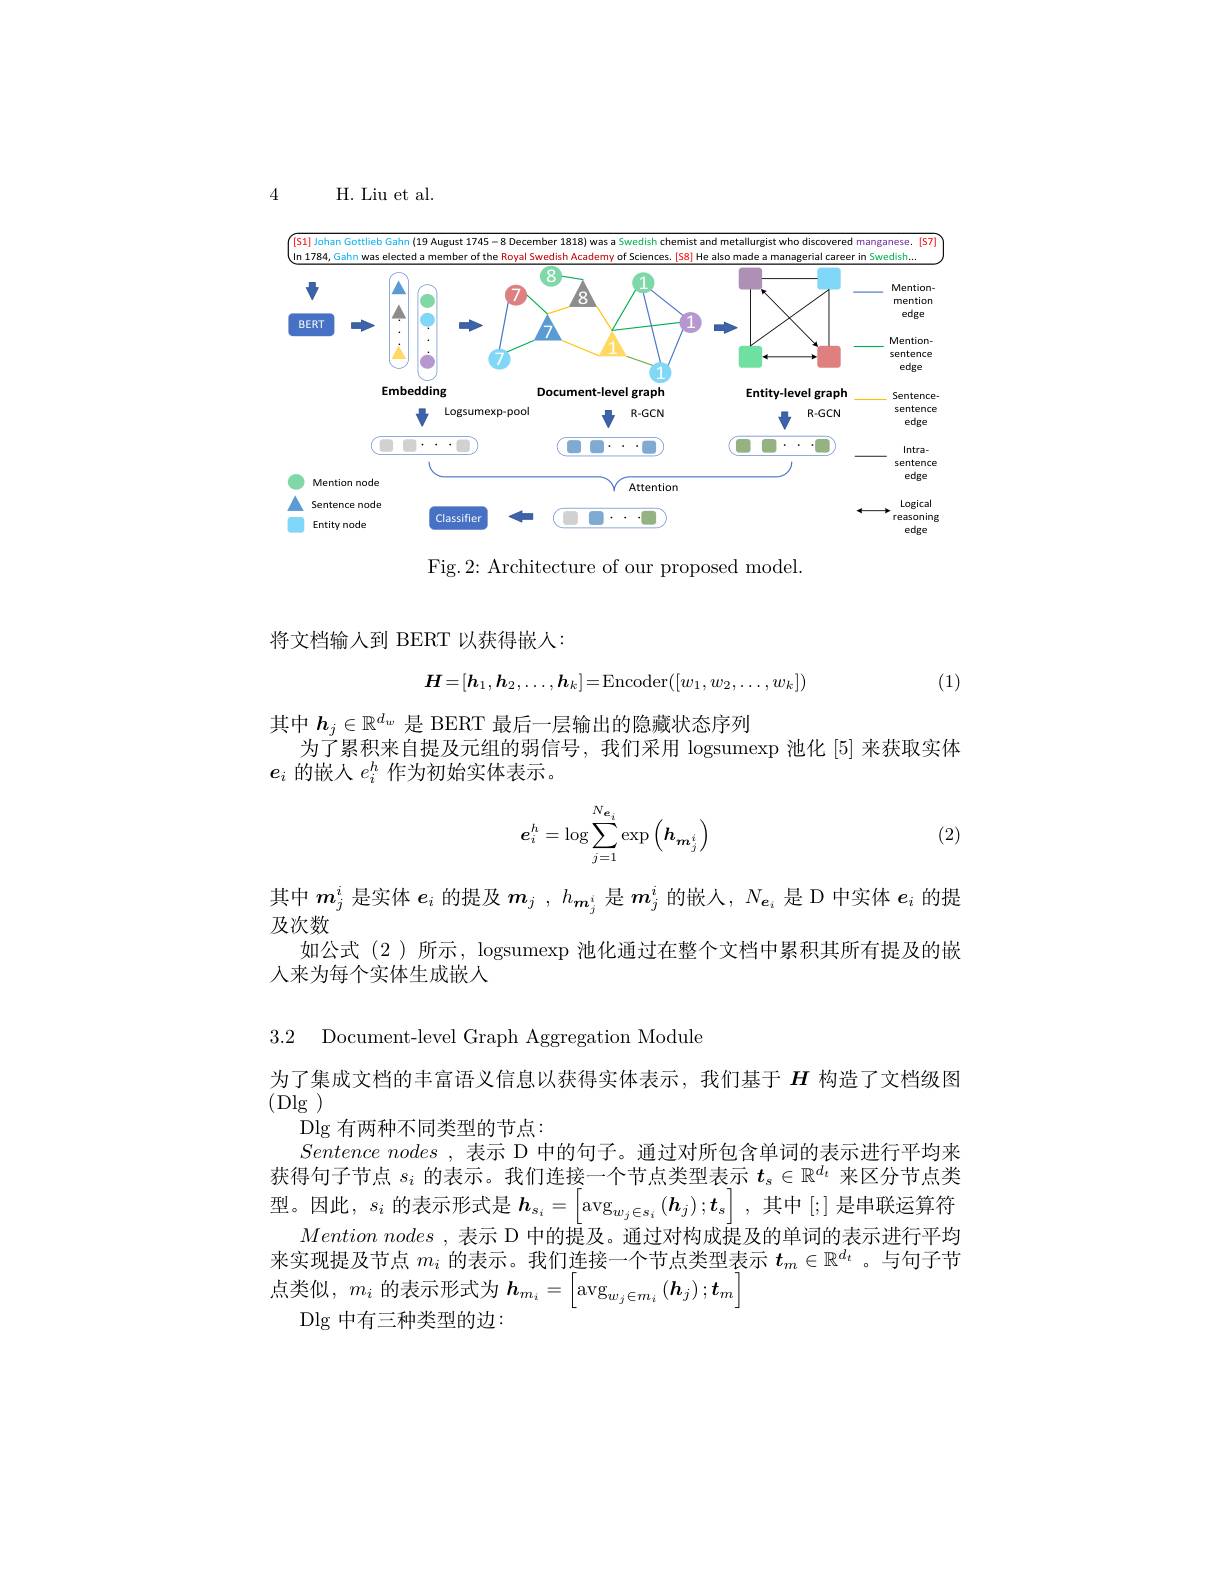
4

H. Liu et al.

December 1818) was

Swedish chemist and metallurgist who discovered manganese. (S7)

[S1] Johan Gottlieb Gahn (19 August 1745

In 1784, Gahn was elected a member of the Royal Swedish Academy of Sciences. [58] He also made a managerial career in Swedish..
<FigureHere>

Fig.2: Architecture of our proposed model.

将文档输人到 BERT 以获得嵌入：
$$H=[h_1,h_2,\ldots,h_k]=\mathrm{Encoder}([w_1,w_2,\ldots,w_k])$$
(1)

其中$h_j\in\mathbb{R}^{d_w}$是 BERT 最后一层输出的隐藏状态序列
为了累积来自提及元组的弱信号，我们采用 logsumexp 池化 [5] 来获取实体
$e_i$的嵌人$e_i^h$作为初始实体表示。
$$e_i^h=\log\sum_{j=1}^{N_{\boldsymbol{e}_i}}\exp\left(h_{\boldsymbol{m}_j^i}\right)$$
(2)

其中$m_j^i$是实体$e_i$的提及$m_j$ , $h_{\boldsymbol{m}_j^i}$是$m_j^i$的嵌人，$N_{\boldsymbol{e}_i}$是 D 中实体$e_i$的提
及次数
如公式(2)所示，logsumexp 池化通过在整个文档中累积其所有提及的嵌
人来为每个实体生成嵌人

3.2 Document-level Graph Aggregation Module

为了集成文档的丰富语义信息以获得实体表示，我们基于$H$构造了文档级图
(Dlg)
$\operatorname{Dlg}$有两种不同类型的节点：
$Sentence~nodes~,~$表示 D 中的句子。通过对所包含单词的表示进行平均来获得句子节点$s_i$的表示。我们连接一个节点类型表示$t_s\in\mathbb{R}^{d_t}$来区分节点类型。因此，$s_i$的表示形式是$\boldsymbol{h}_{s_i}=\left[\arg_{w_j\in s_i}\left(\boldsymbol{h}_j\right);\boldsymbol{t}_s\right]$,其中 [;] 是串联运算符
$Mention\textit{ nodes , 表 示 D 中 的 提 及 。通 过 对 构 成 提 及 的 单 词 的 表 示 进 行 平 均 }$ 来实现提及节点$m_i$的表示。我们连接一个节点类型表示$t_m\in\mathbb{R}^{d_t}$ 。与句子节点类似，$m_i$的表示形式为$h_m_i=\left[\arg_{w_j\in m_i}\left(\boldsymbol{h}_j\right);t_m\right]$
$\operatorname{Dlg}$中有三种类型的边：